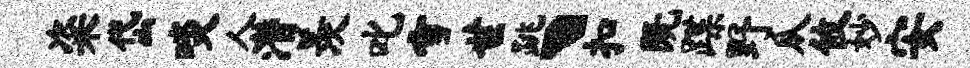
粢岱啖人潜羡叱雪世跳丶扣既蹀野瓜攸妙安